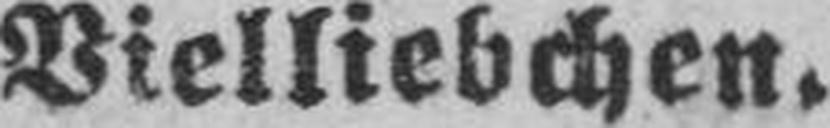
Vielliebchen.